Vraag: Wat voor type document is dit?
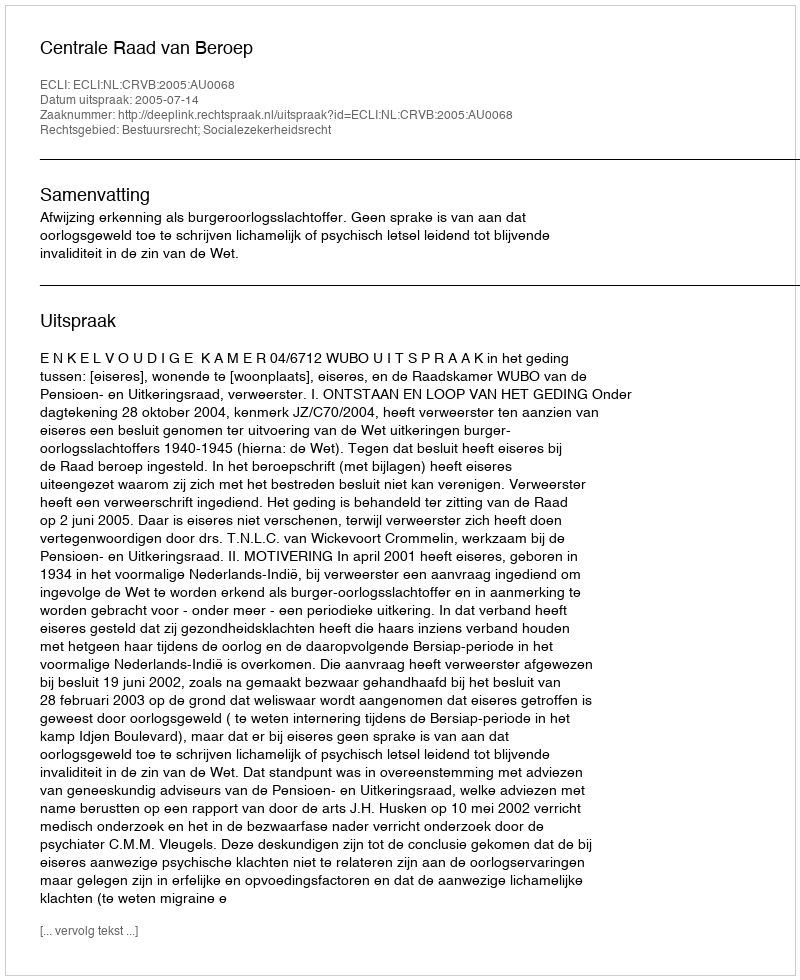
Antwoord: Uitspraak